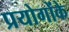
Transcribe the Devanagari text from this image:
प्रयोगोंके